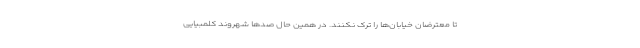
تا معترضان خیابان‌ها را ترک نکنند. در همین حال صدها شهروند کلمبیایی